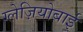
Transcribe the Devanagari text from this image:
ग्लेज़ियोबाई